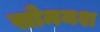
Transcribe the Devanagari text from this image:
सोमयश